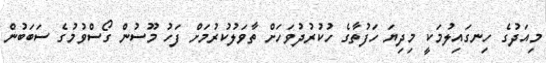
މިއަދުގެ ހިނގައިލުމަކީ މިދިޔަ ހަފުތާގެ ހުކުރުދުވަހަށް ތާވަލުކުރުމަށް ފަހު މޫސުން ގޯސްވުމުގެ ސަބަބުން